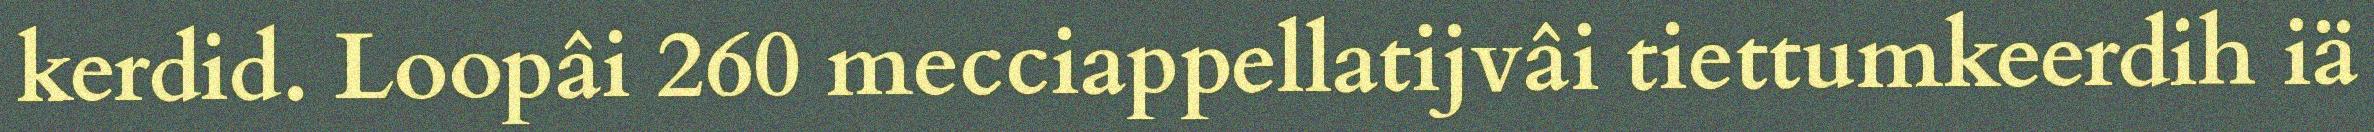
kerdid. Loopâi 260 mecciappellatijvâi tiettumkeerdih iä